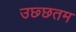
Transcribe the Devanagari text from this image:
उछ्छतम